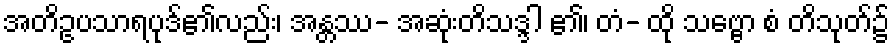
အတိဥပသာရပုဒ်၏လည်း၊ အန္တဿ- အဆုံးတိသဒ္ဒါ ၏၊ တံ- ထို သဗ္ဗော စံ တိသုတ်၌